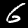
Digit: 6